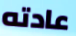
عادته